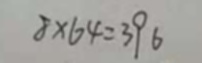
8 \times 6 4 = 3 9 6